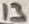
Text: 13